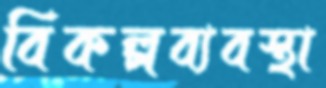
বিকল্পব্যবস্থা